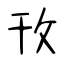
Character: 攼